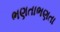
ભણતાભણતા